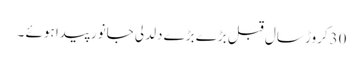
30کروڑ سال قبل بڑے بڑے دلدلی جانور پیدا ہوئے ۔